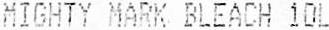
MIGHTY MARK BLEACH 10L